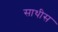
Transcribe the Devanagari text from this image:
साथीस